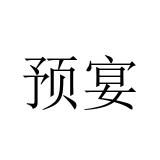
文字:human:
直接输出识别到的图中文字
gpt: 预宴